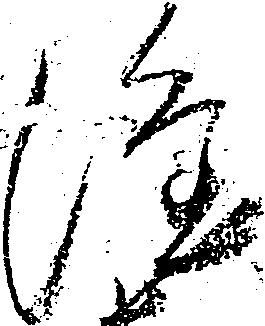
隆